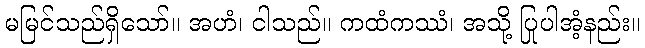
မမြင်သည်ရှိသော်။ အဟံ၊ ငါသည်။ ကထံကဿံ၊ အသို့ ပြုပါအံ့နည်း။